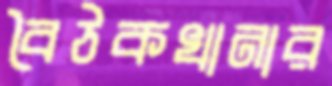
বৈঠকখানার